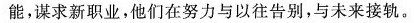
能，谋求新职业，他们在努力与以往告别，与未来接轨。